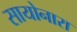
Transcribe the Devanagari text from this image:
सायोनारा